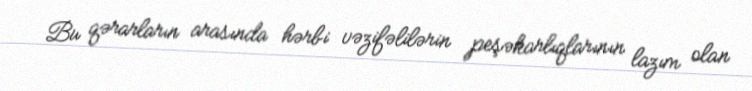
Bu qərarların arasında hərbi vəzifəlilərin peşəkarlıqlarının lazım olan